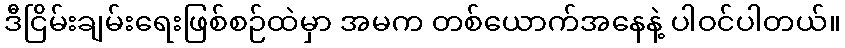
ဒီငြိမ်းချမ်းရေးဖြစ်စဉ်ထဲမှာ အမက တစ်ယောက်အနေနဲ့ ပါဝင်ပါတယ်။